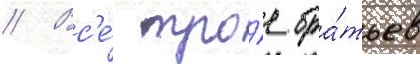
// Вс'е́ тро́е бра́тьев